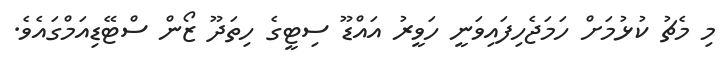
މި މެޗު ކުޅުމަށް ހަމަޖެހިފައިވަނީ ހަވީރު އައްޑޫ ސިޓީގެ ހިތަދޫ ޒޯން ސްޓޭޑިއަމްގައެވެ.